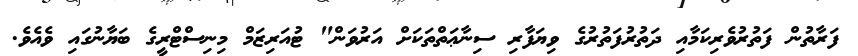
ފަރާތުން ފަތުރުވެރިކަމާއި ދަތުރުފަތުރުގެ ވިޔަފާރި ސިނާޢަތްތަކަށް އަރުވަން" ޓުއަރިޒަމް މިނިސްޓްރީގެ ބަޔާނުގައި ވެއެވެ.